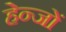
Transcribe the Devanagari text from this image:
हेन्जों